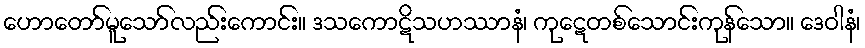
ဟောတော်မူသော်လည်းကောင်း။ ဒသကောဋိသဟဿာနံ၊ ကုဋေတစ်သောင်းကုန်သော။ ဒေဝါနံ၊